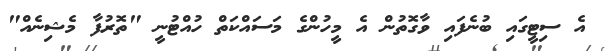
އެ ސިޓީގައި ބުނެފައި ވާގޮތުން އެ މީހުންގެ މަސައްކަތް ހުއްޓުނީ "ތޮރުފާ މެޝިނެއް"